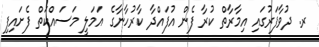
ރ. ދުވާފަރުގައި އިމާރާތް ކުރާ ފެން އުފައްދާ ކާރުހާނާގެ އަމަލީ މަސައްކަތް ފެށައިފި